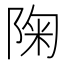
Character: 陱